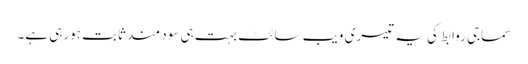
سماجی روابط کی یہ تیسری ویب سائٹ بہت ہی سود مند ثابت ہورہی ہے۔